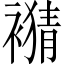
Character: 𧜹